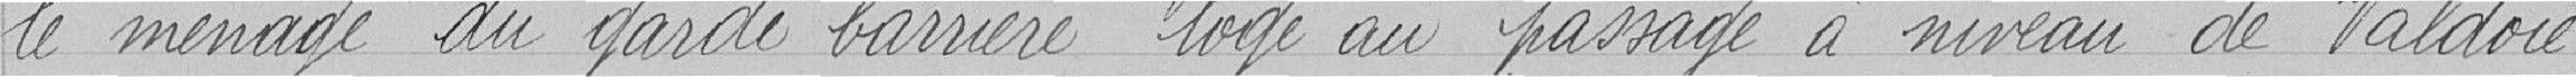
le ménage du garde barrière logé au passage à niveau de Valdoie.